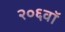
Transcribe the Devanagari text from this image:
२०६वॉ